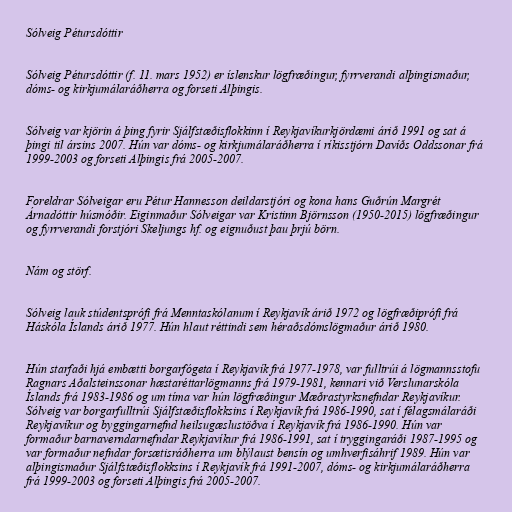
Sólveig Pétursdóttir

Sólveig Pétursdóttir (f. 11. mars 1952) er íslenskur lögfræðingur, fyrrverandi alþingismaður,
dóms- og kirkjumálaráðherra og forseti Alþingis.

Sólveig var kjörin á þing fyrir Sjálfstæðisflokkinn í Reykjavíkurkjördæmi árið 1991 og sat á
þingi til ársins 2007. Hún var dóms- og kirkjumálaráðherra í ríkisstjórn Davíðs Oddssonar frá
1999-2003 og forseti Alþingis frá 2005-2007.

Foreldrar Sólveigar eru Pétur Hannesson deildarstjóri og kona hans Guðrún Margrét
Árnadóttir húsmóðir. Eiginmaður Sólveigar var Kristinn Björnsson (1950-2015) lögfræðingur
og fyrrverandi forstjóri Skeljungs hf. og eignuðust þau þrjú börn.

Nám og störf.

Sólveig lauk stúdentsprófi frá Menntaskólanum í Reykjavík árið 1972 og lögfræðiprófi frá
Háskóla Íslands árið 1977. Hún hlaut réttindi sem héraðsdómslögmaður árið 1980.

Hún starfaði hjá embætti borgarfógeta í Reykjavík frá 1977-1978, var fulltrúi á lögmannsstofu
Ragnars Aðalsteinssonar hæstaréttarlögmanns frá 1979-1981, kennari við Verslunarskóla
Íslands frá 1983-1986 og um tíma var hún lögfræðingur Mæðrastyrksnefndar Reykjavíkur.
Sólveig var borgarfulltrúi Sjálfstæðisflokksins í Reykjavík frá 1986-1990, sat í félagsmálaráði
Reykjavíkur og byggingarnefnd heilsugæslustöðva í Reykjavík frá 1986-1990. Hún var
formaður barnaverndarnefndar Reykjavíkur frá 1986-1991, sat í tryggingaráði 1987-1995 og
var formaður nefndar forsætisráðherra um blýlaust bensín og umhverfisáhrif 1989. Hún var
alþingismaður Sjálfstæðisflokksins í Reykjavík frá 1991-2007, dóms- og kirkjumálaráðherra
frá 1999-2003 og forseti Alþingis frá 2005-2007.